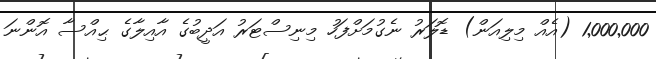
1